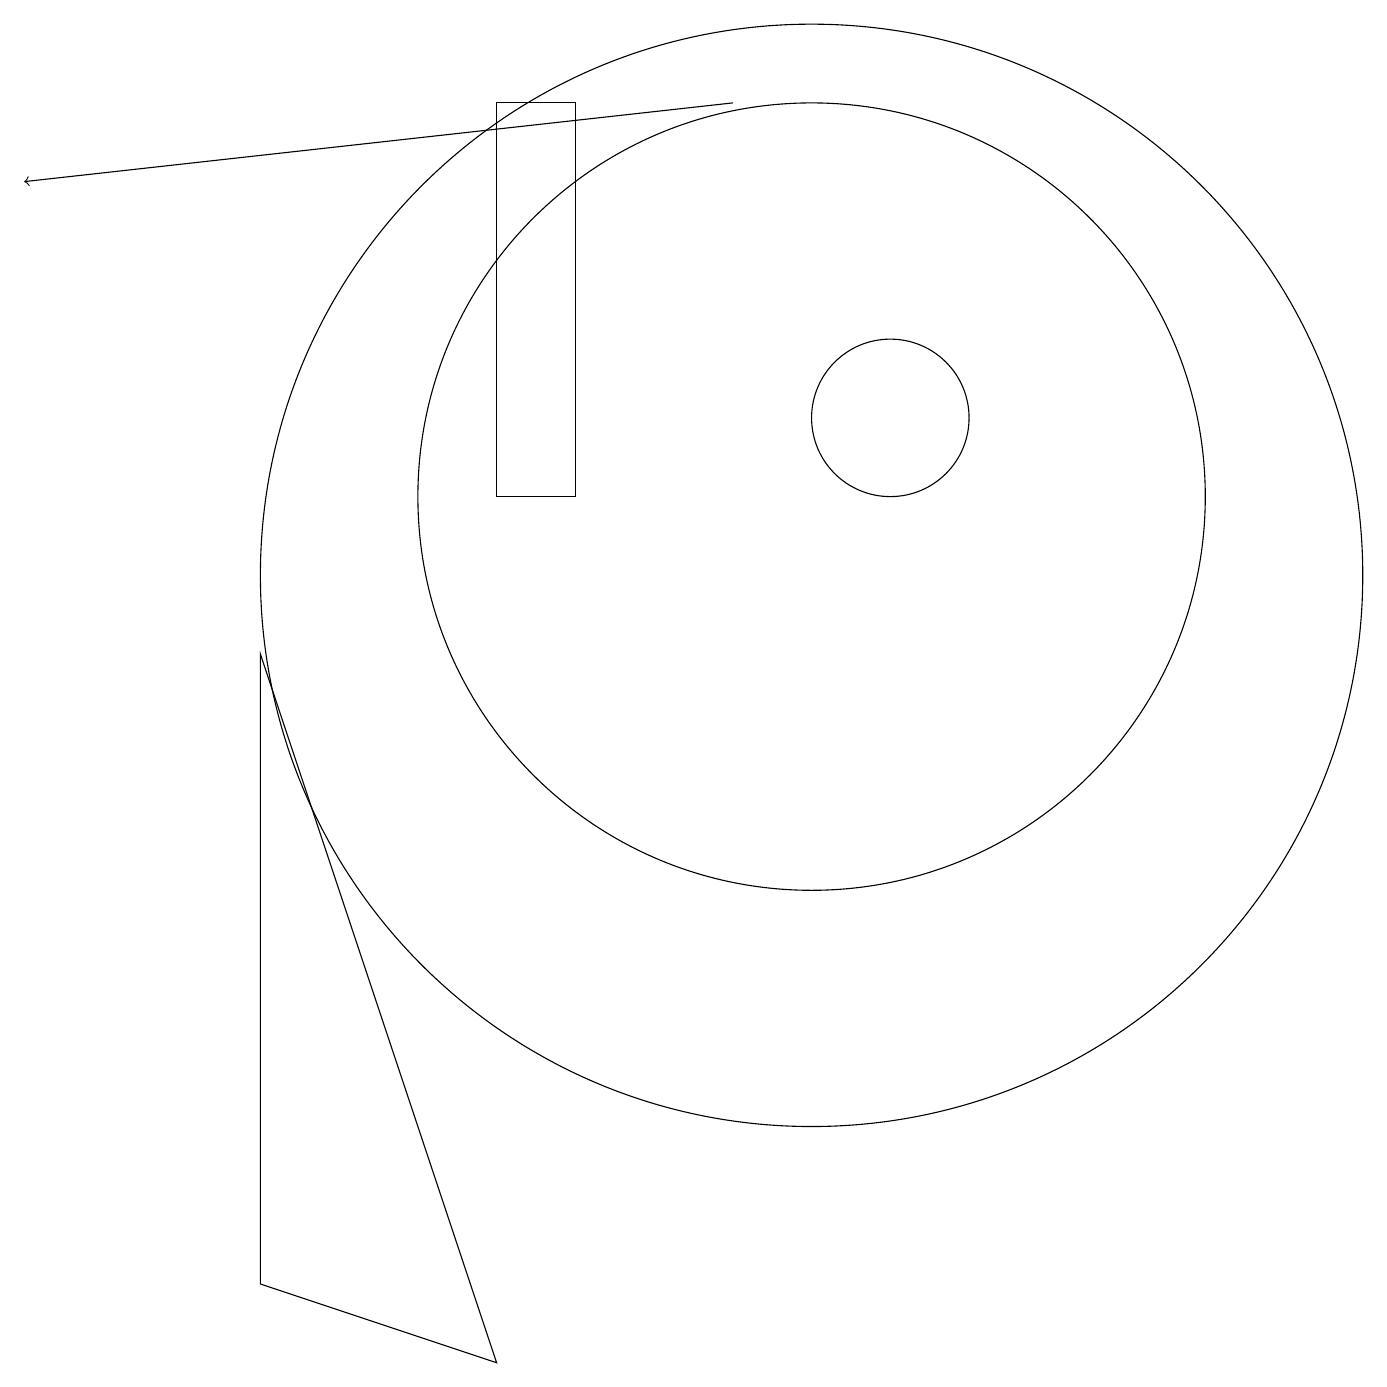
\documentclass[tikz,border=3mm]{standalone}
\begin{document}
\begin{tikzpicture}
\draw (3,1) -- (3,9) -- (6,0) -- cycle;
\draw[->] (9,16) -- (0,15);
\draw (7,11) rectangle (6,16);
\draw (10,11) circle (5);
\draw (11,12) circle (1);
\draw (10,10) circle (7);
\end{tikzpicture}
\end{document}